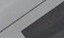
البلدية